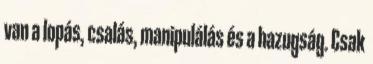
van a lopás, csalás, manipulálás és a hazugság. Csak